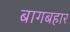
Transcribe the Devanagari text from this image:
बागबहार